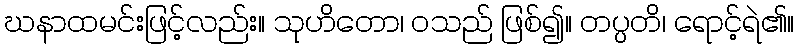
ဃနာထမင်းဖြင့်လည်း။ သုဟိတော၊ ဝသည် ဖြစ်၍။ တပ္ပတိ၊ ရောင့်ရဲ၏။